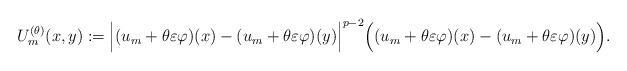
LaTeX: \begin{align*}U_m^{(\theta)}(x,y):=\Big|(u_m+\theta\varepsilon \varphi)(x)-(u_m+\theta\varepsilon \varphi)(y)\Big|^{p-2}\Big((u_m+\theta\varepsilon \varphi)(x)-(u_m+\theta\varepsilon \varphi)(y)\Big).\end{align*}